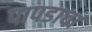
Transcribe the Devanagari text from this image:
पापडाचा